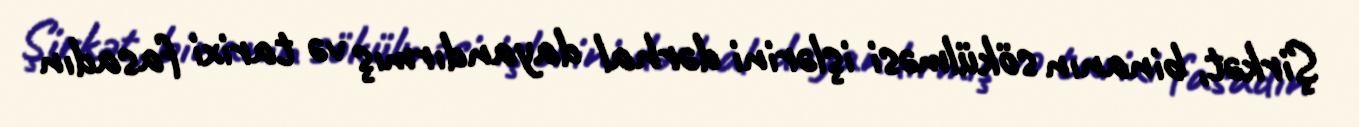
Şirkət, binanın sökülməsi işlərini dərhal dayandırmış və tarixi fasadın